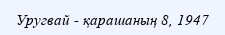
Уругвай - қарашаның 8, 1947